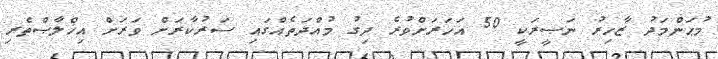
މުޙަންމަދު ޒާހިރު ނަޞީރަކީ 50 އަހަރަށްވުރެ ދިގު މުއްދަތެއްގައި ސަރުކާރަށް ވަރަށް އިޚްލާޞްތެރި